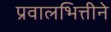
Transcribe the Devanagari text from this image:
प्रवालभित्तीने